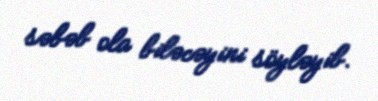
səbəb ola biləcəyini söyləyib.